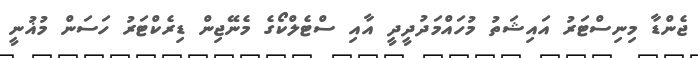
ޖެންޑާ މިނިސްޓަރު އައިޝަތު މުހައްމަދުދީދީ އާއި ސްޓެލްކޯގެ މެނޭޖިން ޑިރެކްޓަރު ހަސަން މުޣުނީ